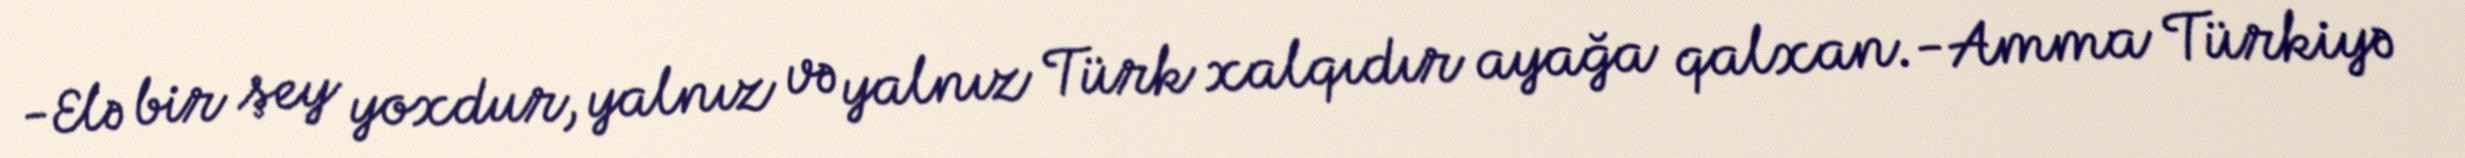
-Elə bir şey yoxdur, yalnız və yalnız Türk xalqıdır ayağa qalxan.-Amma Türkiyə